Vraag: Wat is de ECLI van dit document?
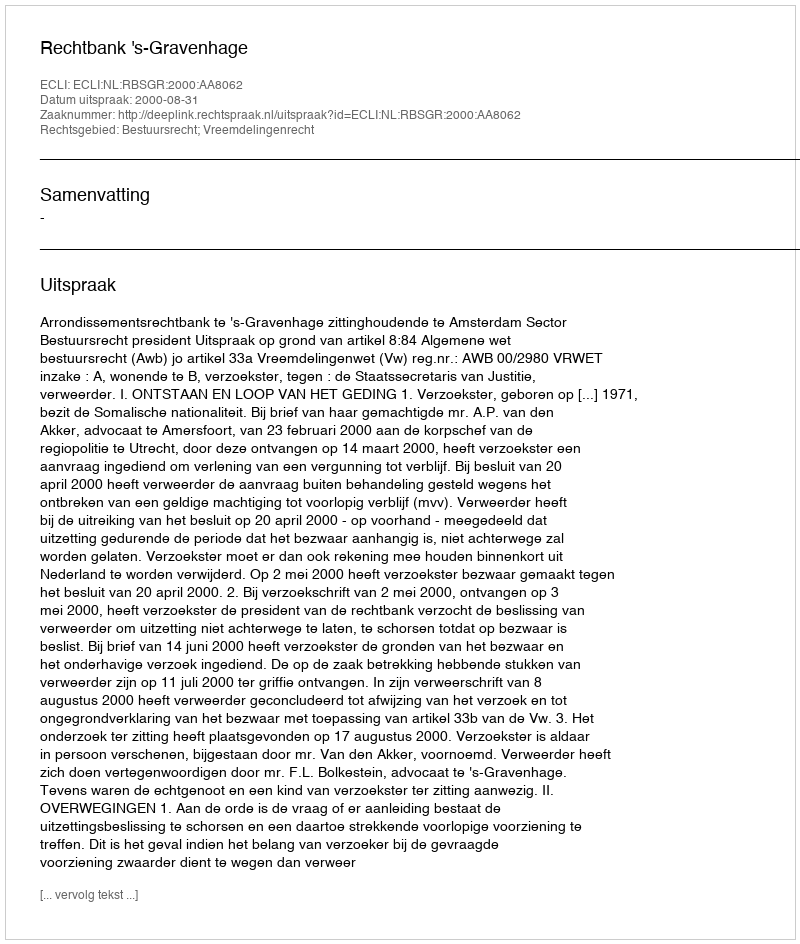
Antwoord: ECLI:NL:RBSGR:2000:AA8062